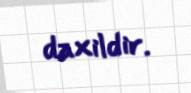
daxildir.